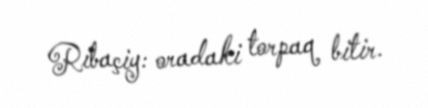
Rıbaçiy: oradaki torpaq bitir.